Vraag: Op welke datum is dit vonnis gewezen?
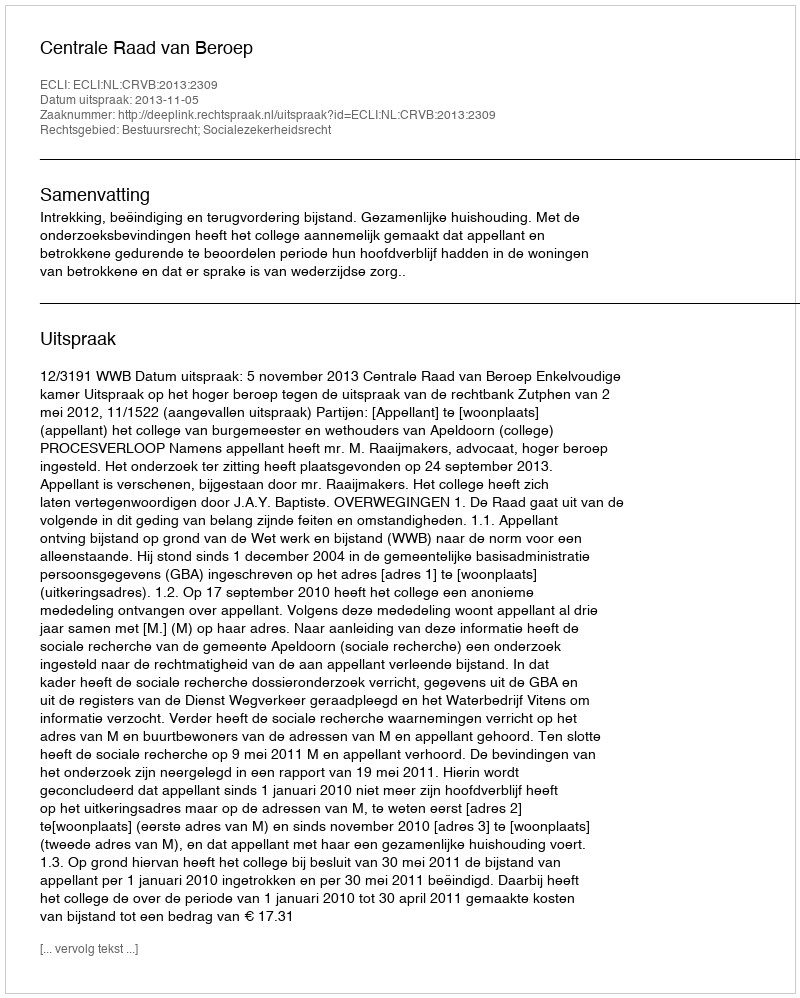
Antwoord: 2013-11-05